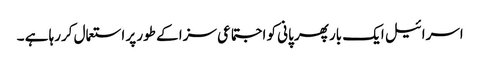
اسرائیل ایک بار پھر پانی کو اجتماعی سزا کے طور پر استعمال کررہا ہے ۔